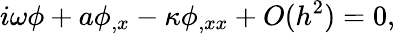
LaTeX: i\omega\phi+a\phi_{,x}-\kappa\phi_{,xx}+O(h^{2})=0,